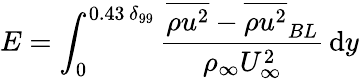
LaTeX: E=\int_{0}^{0.43\, \delta_{99}}\frac{\overline{{\rho u^{2}}}-\overline{{\rho u^{2}}}_{BL}}{\rho_{\infty}U_{\infty}^{2}}\, \mathrm{d}y